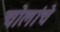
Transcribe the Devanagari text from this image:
चोलांचे